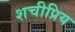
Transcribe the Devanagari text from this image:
शचीप्रिय